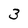
Character: 3